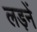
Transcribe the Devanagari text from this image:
लड़नें